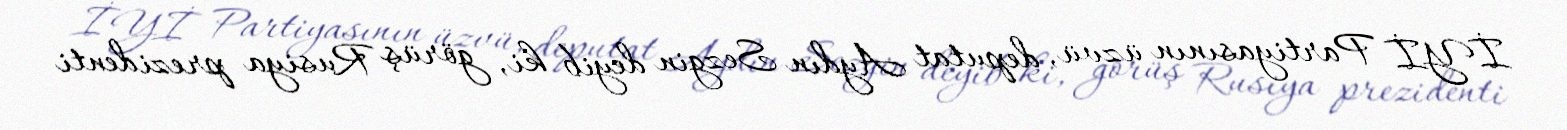
İYİ Partiyasının üzvü, deputat Aydın Sezgin deyib ki, görüş Rusiya prezidenti